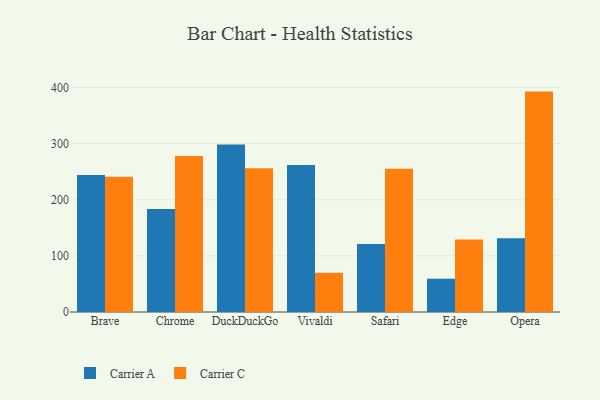
{"axis": {"x": "Browser", "y": "Temperature (°C)"}, "legend": ["Carrier A", "Carrier C"], "data": [{"x": "Brave", "y": 244.1, "type": "Carrier A"}, {"x": "Brave", "y": 241.1, "type": "Carrier C"}, {"x": "Chrome", "y": 183.6, "type": "Carrier A"}, {"x": "Chrome", "y": 277.7, "type": "Carrier C"}, {"x": "DuckDuckGo", "y": 298.2, "type": "Carrier A"}, {"x": "DuckDuckGo", "y": 255.9, "type": "Carrier C"}, {"x": "Vivaldi", "y": 261.8, "type": "Carrier A"}, {"x": "Vivaldi", "y": 70.1, "type": "Carrier C"}, {"x": "Safari", "y": 121.3, "type": "Carrier A"}, {"x": "Safari", "y": 255.1, "type": "Carrier C"}, {"x": "Edge", "y": 59.3, "type": "Carrier A"}, {"x": "Edge", "y": 129.1, "type": "Carrier C"}, {"x": "Opera", "y": 131.4, "type": "Carrier A"}, {"x": "Opera", "y": 392.6, "type": "Carrier C"}]}